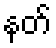
နတ်